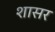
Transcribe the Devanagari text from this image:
शासर